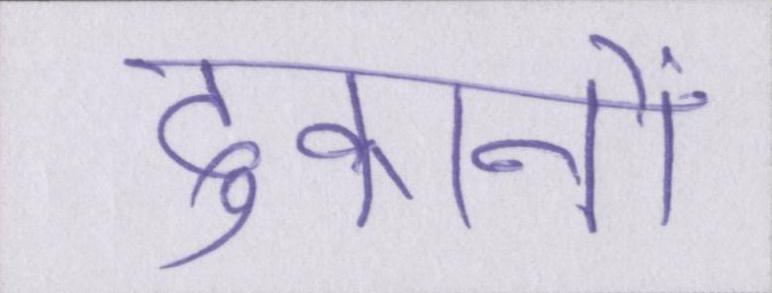
दुकानों